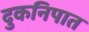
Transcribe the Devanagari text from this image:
दुकनिपात